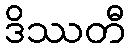
ဒိဿတီ